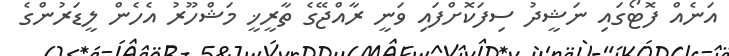
އަނެއް ފޮޓޯގައި ނަޝީދު ސިފަކޮށްފައި ވަނީ ރާއްޖޭގެ ތާރީޚީ މަޝްހޫރު އެހެން ލީޑަރުންގެ